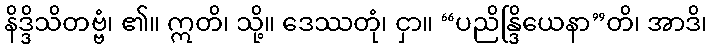
နိဒ္ဒိသိတဗ္ဗံ၊ ၏။ ဣတိ၊ သို့။ ဒေဿတုံ၊ ငှာ။ “ပညိန္ဒြိယေနာ”တိ၊ အာဒိ၊